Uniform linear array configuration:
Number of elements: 64
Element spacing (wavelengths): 0.5
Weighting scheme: kaiser
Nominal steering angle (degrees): -15
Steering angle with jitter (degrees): -15.008
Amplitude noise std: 0.05
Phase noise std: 0.05

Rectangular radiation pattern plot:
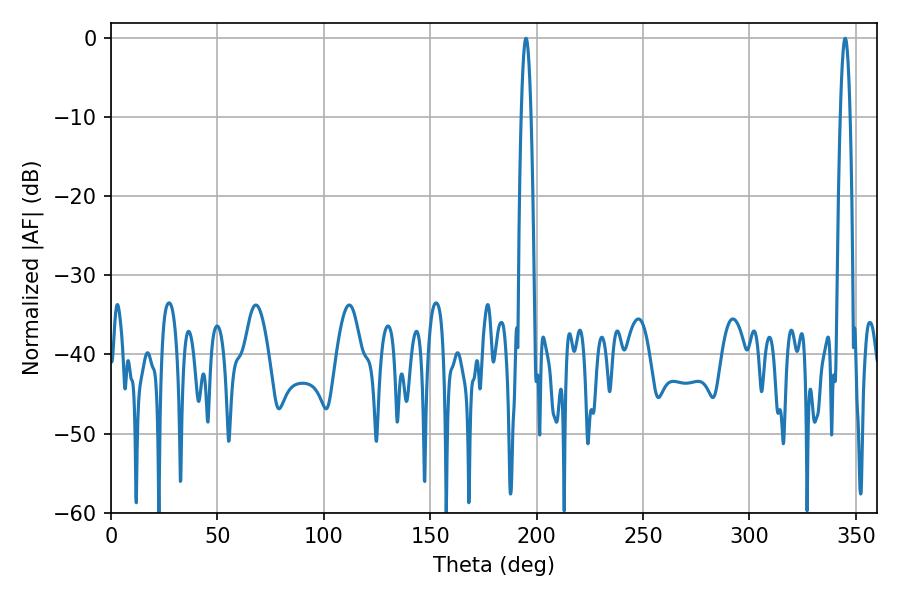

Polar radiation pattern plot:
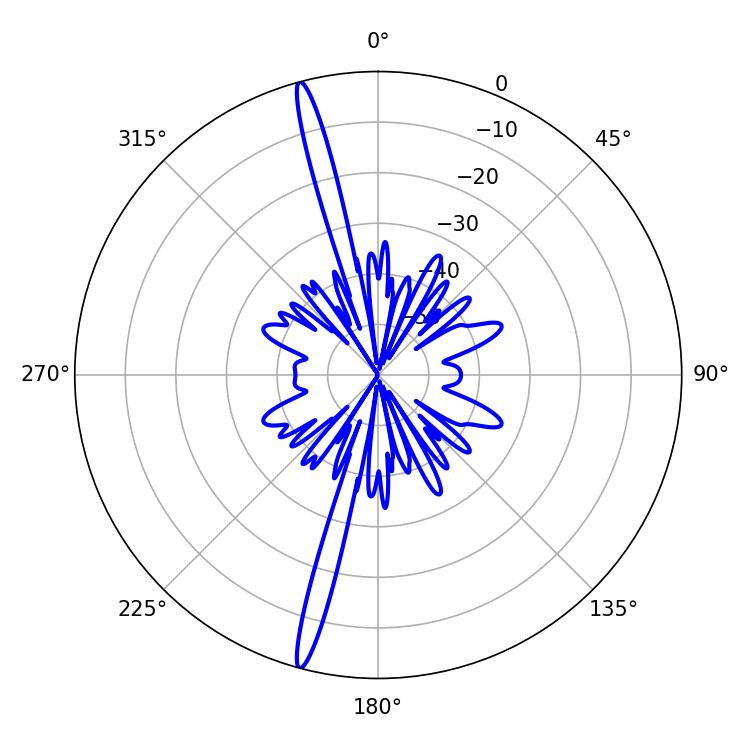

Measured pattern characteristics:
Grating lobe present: FALSE
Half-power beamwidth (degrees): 2.34
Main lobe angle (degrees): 194.94